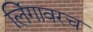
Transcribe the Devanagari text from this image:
लिंगावरच